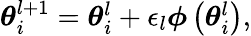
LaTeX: \begin{array}{r}{\boldsymbol{\theta}_{i}^{l+1}=\boldsymbol{\theta}_{i}^{l}+\epsilon_{l}\boldsymbol{\phi}\left(\boldsymbol{\theta}_{i}^{l}\right),}\end{array}